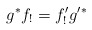
\begin{align*}g^* f_! = f'_! g'^*\end{align*}